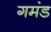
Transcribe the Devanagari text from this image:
गमंड